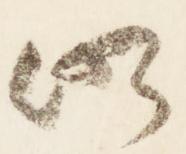
仍